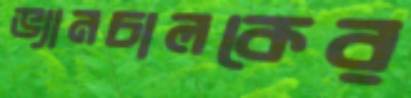
ভ্যানচালকের